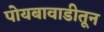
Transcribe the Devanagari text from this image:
पोयबावाडीतून